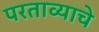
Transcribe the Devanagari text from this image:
परताव्याचे